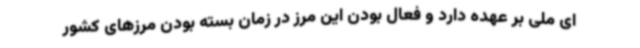
ای ملی بر عهده دارد و فعال بودن این مرز در زمان بسته بودن مرزهای کشور